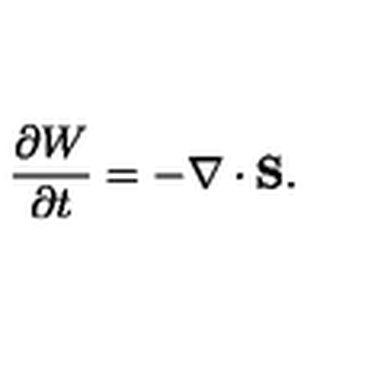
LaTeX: \frac { \partial W } { \partial t } = - \nabla \cdot { \bf S } .